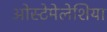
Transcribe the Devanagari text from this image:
ओस्टेमेलेशिया